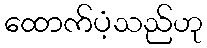
ထောက်ပံ့သည်ဟု